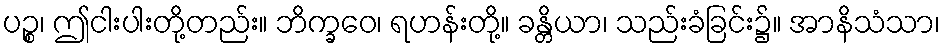
ပဉ္စ၊ ဤငါးပါးတို့တည်း။ ဘိက္ခဝေ၊ ရဟန်းတို့။ ခန္တိယာ၊ သည်းခံခြင်း၌။ အာနိသံသာ၊